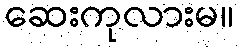
ဆေးကုလားမ။